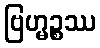
ဗြဟ္မဉ္စဿ